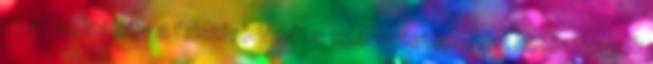
rend és leállítja a felszívódását a szervezetben. Fat kötőanyagok